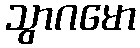
သွာဂမော